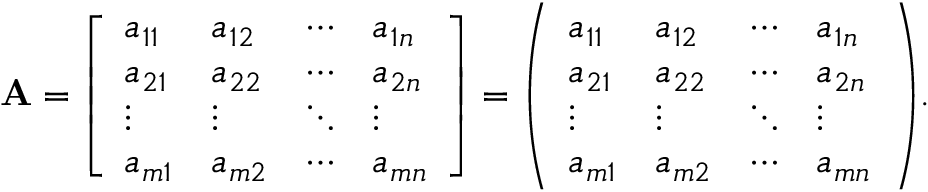
\mathbf { A } = { \left[ \begin{array} { l l l l } { a _ { 1 1 } } & { a _ { 1 2 } } & { \cdots } & { a _ { 1 n } } \\ { a _ { 2 1 } } & { a _ { 2 2 } } & { \cdots } & { a _ { 2 n } } \\ { \vdots } & { \vdots } & { \ddots } & { \vdots } \\ { a _ { m 1 } } & { a _ { m 2 } } & { \cdots } & { a _ { m n } } \end{array} \right] } = { \left( \begin{array} { l l l l } { a _ { 1 1 } } & { a _ { 1 2 } } & { \cdots } & { a _ { 1 n } } \\ { a _ { 2 1 } } & { a _ { 2 2 } } & { \cdots } & { a _ { 2 n } } \\ { \vdots } & { \vdots } & { \ddots } & { \vdots } \\ { a _ { m 1 } } & { a _ { m 2 } } & { \cdots } & { a _ { m n } } \end{array} \right) } .